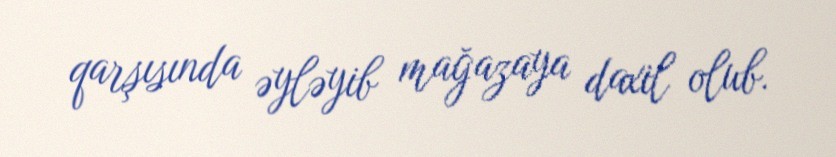
qarşısında əyləyib mağazaya daxil olub.